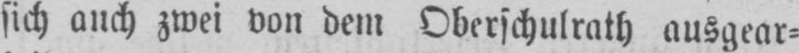
zwei von dem Oberschulrath ausgear⸗